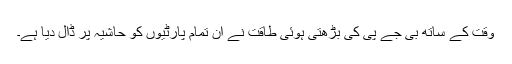
وقت کے ساتھ بی جے پی کی بڑھتی ہوئی طاقت نے ان تمام پارٹیوں کو حاشیہ پر ڈال دیا ہے۔